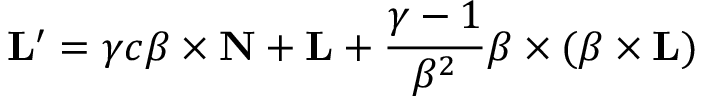
\mathbf { L } ^ { \prime } = \gamma c { \boldsymbol { \beta } } \times \mathbf { N } + \mathbf { L } + { \frac { \gamma - 1 } { \beta ^ { 2 } } } { \boldsymbol { \beta } } \times ( { \boldsymbol { \beta } } \times \mathbf { L } )